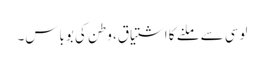
لوسی سے ملنے کا اشتیاق، وطن کی بوباس۔